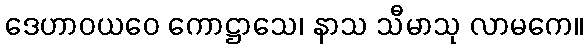
ဒေဟာဝယဝေ ကောဋ္ဌာသေ၊ နာသ သီမာသု လာမကေ။